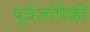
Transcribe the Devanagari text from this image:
पूर्वजांपैकी